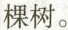
棵树。